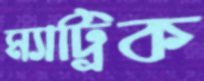
ম্যাট্রিক